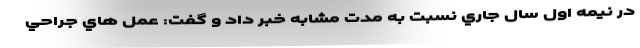
در نيمه اول سال جاري نسبت به مدت مشابه خبر داد و گفت: عمل هاي جراحي